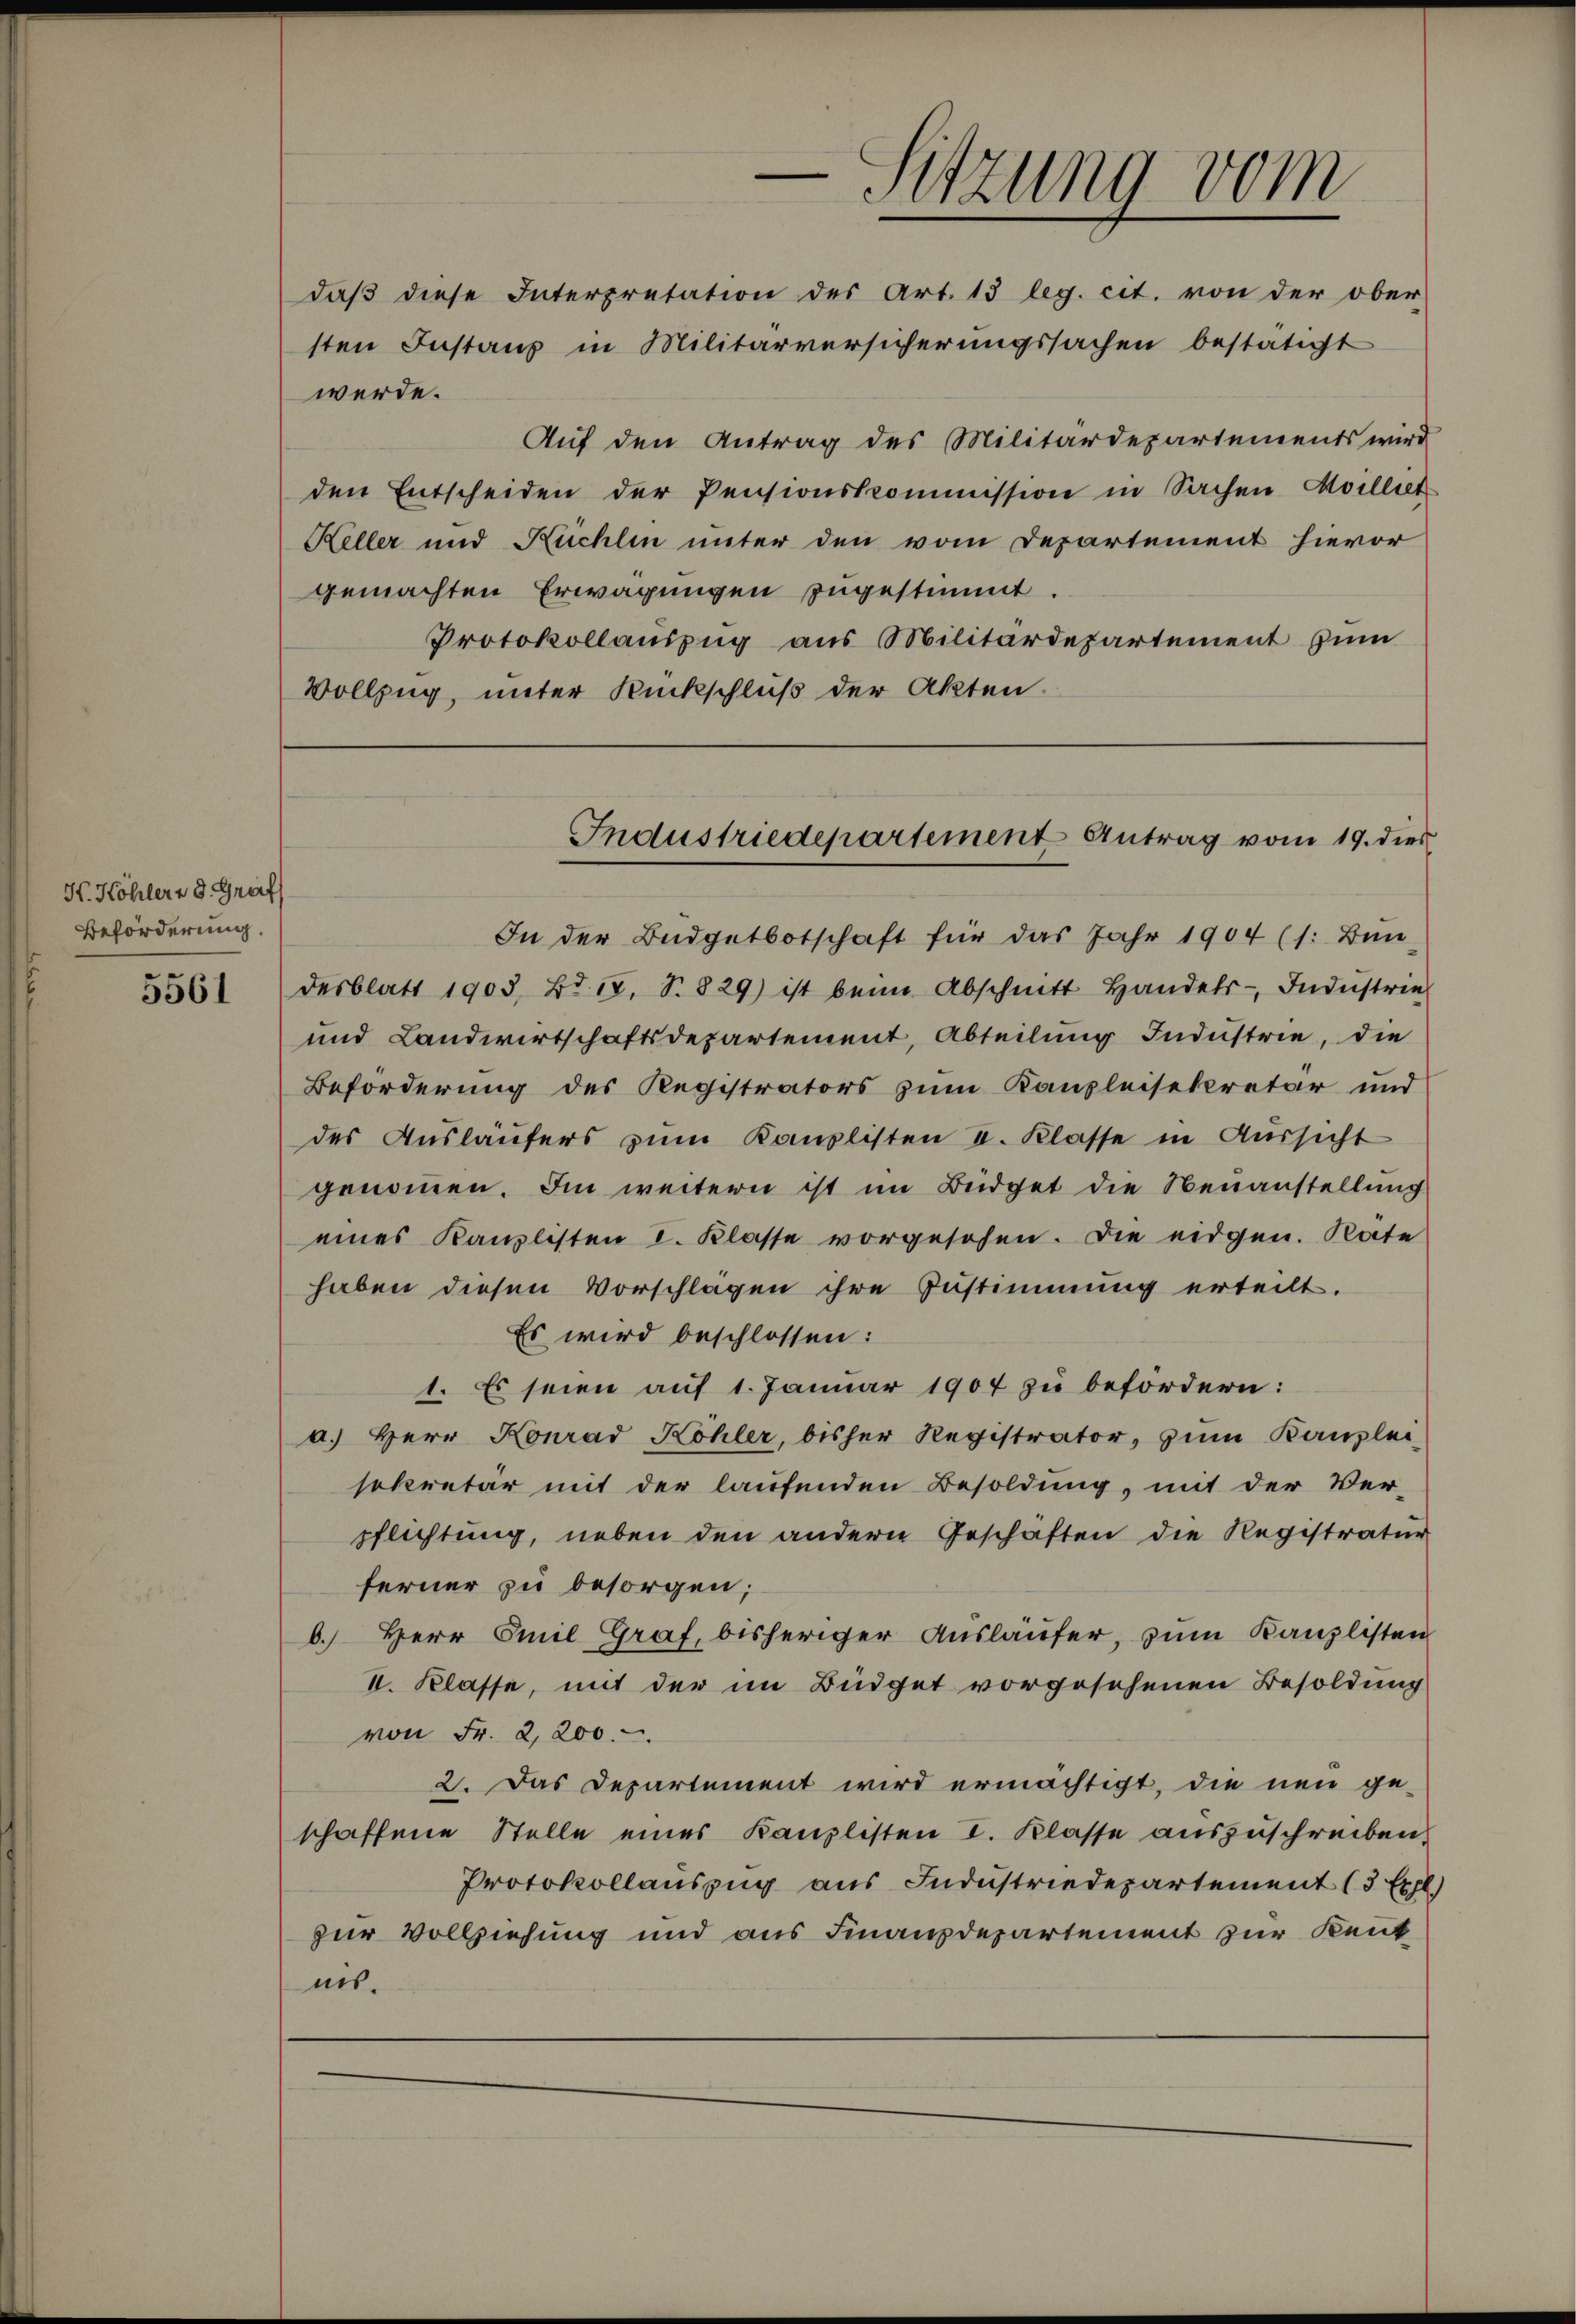
H. Köhlere d. Graf
Beförderung.

5561

daβ diese Interpretation des Art. 13 leg. cit. von der ober
sten Instanz in Militärversicherŭngssachen bestätigt
werde.
Auf den Antrag des Militärdepartements wird
den Entscheiden der Pensionskommission in Sachen Moilliet
Keller und Kuchlin unter den vom Departement hievor
gemachten Erwägungen zugestimmt.
Protokollauszug aus Militärdepartement zum
Vollzug, unter Rückschluß der Akten.

In der Budgetbotschaft für das Jahr 1904 (1: Bun-
desblatt 1905, Bd. 14. S. 829) ist beim Abschnitt handels- Indŭstrie
und Landwirtschaftsdepartement, Abteilung Industrie, die
Beförderung des Registrators zum Kanzleisekretär und
des Ausläufers zum Kanzlisten II. Klasse in Aussicht
genommen. Im weitern ist im Büdget die Neuanstellung
eines Kanzlisten I. Klasse vorgesehen. Die eidgen. Rate
haben diesen Vorschlägen ihre Zustimmung erteilt.
Es wird beschlossen:
1. Es seien auf 1. Januar 1904 zu befördern:
a.) Herr Konrad Köhler, bisher Registrator, zŭm Kanzlei-
sekretär mit der laufenden Besoldung, mit der Ver-
pflichtung, neben den andern Geschäften die Registratur
ferner zu besorgen;
b. Herr Emil Graf, bisheriger Ausläufer, zum Kanzlisten
II. Klasse, mit der im Büdget vorgesehenen Besoldung
von Fr. 2,200.
2. Das Departement wird ermächtigt, die neu ge-
schaffene Stelle eines Kanzlisten I. Klasse auszuschreiben,
Protokollauszug aus Industriedepartement (3 Expl
zur Vollziehung und aus Finanzdepartement zur Kennt
nis.

-Sitzung vom

Industriedepartement Antrag vom 19. dies